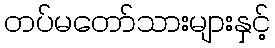
တပ်မတော်သားများနှင့်